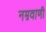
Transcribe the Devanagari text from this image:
नम्रवाणी